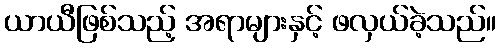
ယာယီဖြစ်သည့် အရာများနှင့် ဖလှယ်ခဲ့သည်။